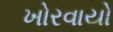
ખોરવાયો